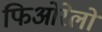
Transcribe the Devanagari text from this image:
फिओरेलों